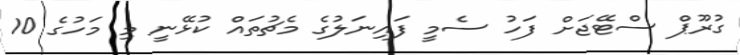
ގުރޫޕް ސްޓޭޖަށް ފަހު ސެމީ ފައިނަލުގެ މެޗުތައް ކުޅޭނީ މި މަހުގެ 10